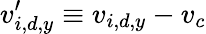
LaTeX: v_{i,d,y}^{\prime}\equiv v_{i,d,y}-v_{c}